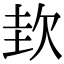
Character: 㰪